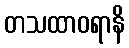
တသထာဝရာနိ